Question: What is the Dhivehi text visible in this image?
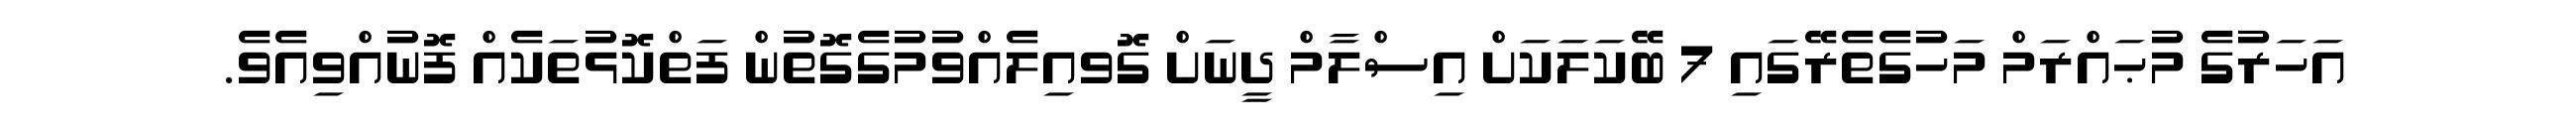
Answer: އަހަރުގެ މުޙައްރަމް މަހުގެތެރޭގައި 7 ބޭކަލަކަށް އިސްލާމް ދީނަށް ގޮވއިލެއްވުމުގެގޮތުން ފަތްކޮޅުތަކެއް ފޮނުއްވިއެވެ.